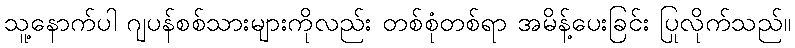
သူ့နောက်ပါ ဂျပန်စစ်သားများကိုလည်း တစ်စုံတစ်ရာ အမိန့်ပေးခြင်း ပြုလိုက်သည်။